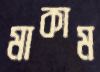
মাকাম